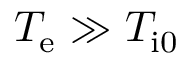
T _ { \mathrm { e } } \gg T _ { \mathrm { i 0 } }